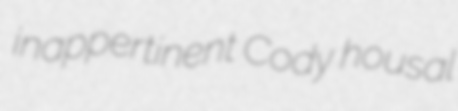
inappertinent Cody housal